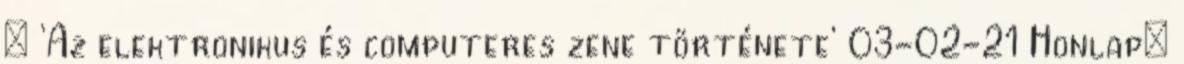
» 'Az elektronikus és computeres zene története' 03-02-21 Honlap: